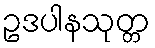
ဥဒပါနသုတ္တ